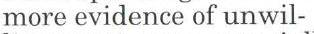
more evidence of unwil-